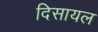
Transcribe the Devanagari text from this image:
दिसायल